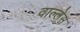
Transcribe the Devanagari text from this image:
वाल्लेस